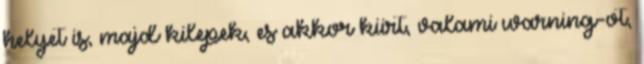
helyet is, majd kilepek, es akkor kiirt, valami warning-ot,